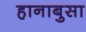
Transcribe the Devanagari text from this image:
हानाबुसा